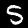
Digit: 5